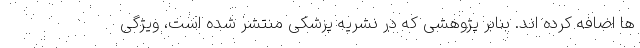
ها اضافه کرده اند. بنابر پژوهشی که در نشریه پزشکی منتشر شده است، ویژگی